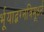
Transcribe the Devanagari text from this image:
र्भूयाद्भग्नत्रिमूर्ध्न